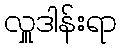
လှူဒါန်းရာ